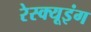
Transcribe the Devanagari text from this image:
रेस्‍क्‍यूइंग